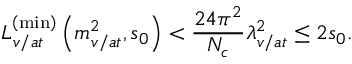
L _ { v / a t } ^ { \left( \operatorname * { m i n } \right) } \left( m _ { v / a t } ^ { 2 } , s _ { 0 } \right) < \frac { 2 4 \pi ^ { 2 } } { N _ { c } } \lambda _ { v / a t } ^ { 2 } \leq 2 s _ { 0 } .